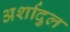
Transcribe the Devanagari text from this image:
अर्शादुल